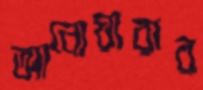
আনোয়ারার